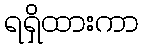
ရရှိထားကာ